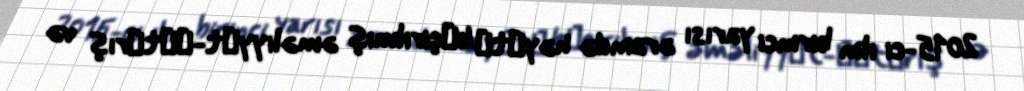
2015-ci ilin birinci yarısı ərzində həyаtа kеçirilmiş əməliyyаt-ахtаrış və